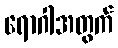
ရောဂါအတွက်